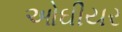
ઓઘીયર